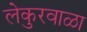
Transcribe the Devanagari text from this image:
लेकुरवाळा